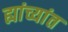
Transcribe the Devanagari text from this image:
ह्यांच्यांत